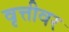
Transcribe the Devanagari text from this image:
वृत्तीवर